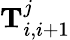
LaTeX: \mathrm{\mathbf T}_{i,i+1}^{j}